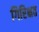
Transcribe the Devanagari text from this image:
गिरिक्षत